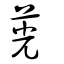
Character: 茪